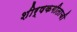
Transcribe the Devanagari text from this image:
शीर्षकगीताची